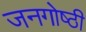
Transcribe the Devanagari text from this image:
जनगोष्ठी